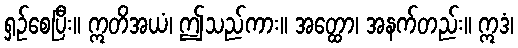
ရှဉ်စေပြီး။ ဣတိအယံ၊ ဤသည်ကား။ အတ္ထော၊ အနက်တည်း။ ဣဒံ၊